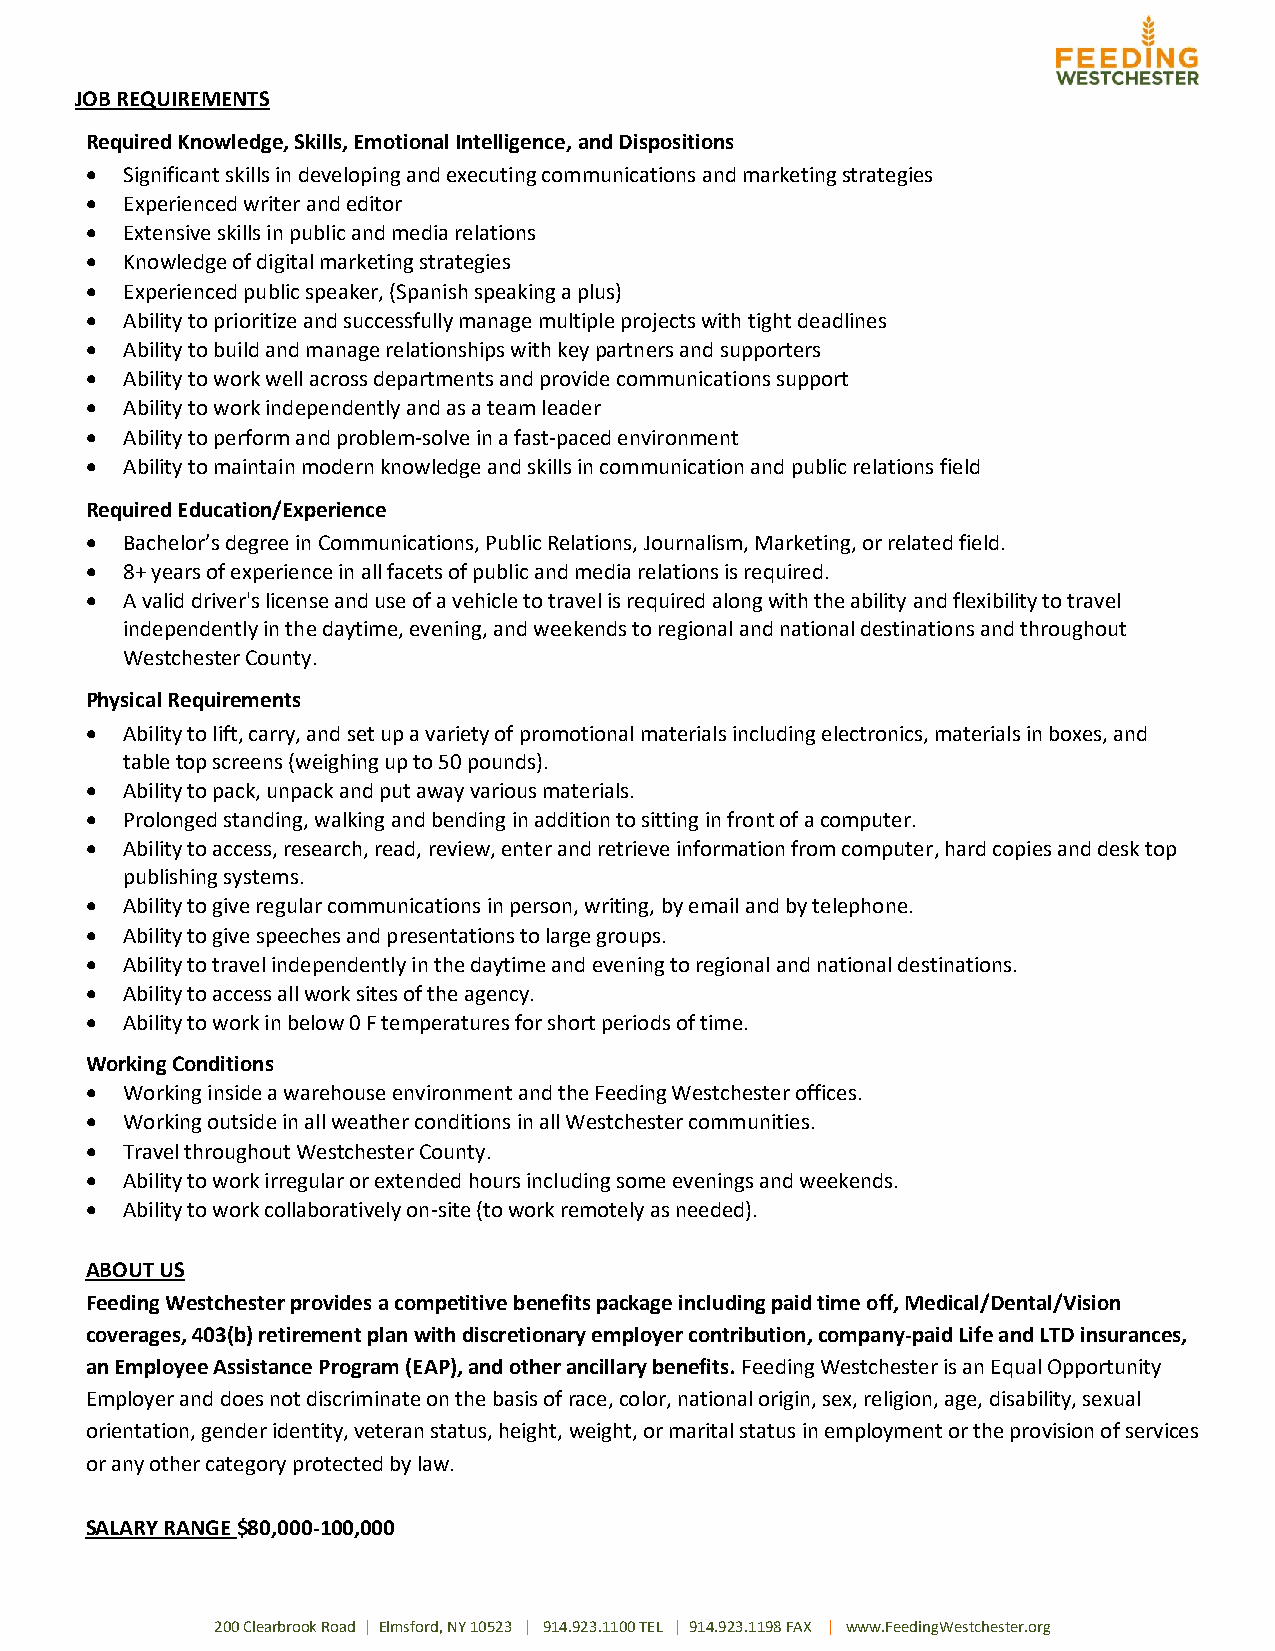
JOB REQUIREMENTS
 Required Knowledge, Skills, Emotional Intelligence, and Dispositions
 • Significant skills in developing and executing communications and marketing strategies
 • Experienced writer and editor
 • Extensive skills in public and media relations
 • Knowledge of digital marketing strategies
 • Experienced public speaker, (Spanish speaking a plus)
 • Ability to prioritize and successfully manage multiple projects with tight deadlines
 • Ability to build and manage relationships with key partners and supporters
 • Ability to work well across departments and provide communications support
 • Ability to work independently and as a team leader
 • Ability to perform and problem-solve in a fast-paced environment
 • Ability to maintain modern knowledge and skills in communication and public relations field
 Required Education/Experience
  Bachelor’s degree in Communications, Public Relations, Journalism, Marketing, or related field.
  8+ years of experience in all facets of public and media relations is required.
  A valid driver's license and use of a vehicle to travel is required along with the ability and flexibility to travel
 independently in the daytime, evening, and weekends to regional and national destinations and throughout
 Westchester County.
 Physical Requirements
  Ability to lift, carry, and set up a variety of promotional materials including electronics, materials in boxes, and
 table top screens (weighing up to 50 pounds).
  Ability to pack, unpack and put away various materials.
  Prolonged standing, walking and bending in addition to sitting in front of a computer.
  Ability to access, research, read, review, enter and retrieve information from computer, hard copies and desk top
 publishing systems.
  Ability to give regular communications in person, writing, by email and by telephone.
  Ability to give speeches and presentations to large groups.
  Ability to travel independently in the daytime and evening to regional and national destinations.
  Ability to access all work sites of the agency.
  Ability to work in below 0 F temperatures for short periods of time.
 Working Conditions
  Working inside a warehouse environment and the Feeding Westchester offices.
  Working outside in all weather conditions in all Westchester communities.
  Travel throughout Westchester County.
  Ability to work irregular or extended hours including some evenings and weekends.
  Ability to work collaboratively on-site (to work remotely as needed).
 ABOUT US
 Feeding Westchester provides a competitive benefits package including paid time off, Medical/Dental/Vision
 coverages, 403(b) retirement plan with discretionary employer contribution, company-paid Life and LTD insurances,
 an Employee Assistance Program (EAP), and other ancillary benefits. Feeding Westchester is an Equal Opportunity
 Employer and does not discriminate on the basis of race, color, national origin, sex, religion, age, disability, sexual
 orientation, gender identity, veteran status, height, weight, or marital status in employment or the provision of services
 or any other category protected by law.
 SALARY RANGE $80,000-100,000
 200 Clearbrook Road | Elmsford, NY 10523 | 914.923.1100 TEL | 914.923.1198 FAX | www.FeedingWestchester.org